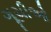
ગૂચીઓ